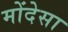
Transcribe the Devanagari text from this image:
मोंदेसा